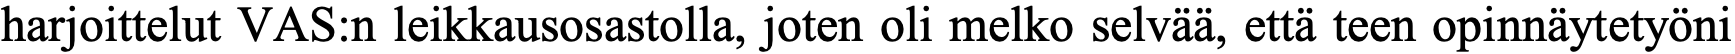
harjoittelut VAS:n leikkausosastolla, joten oli melko selvää, että teen opinnäytetyöni